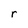
Character: r